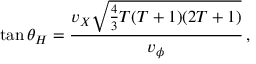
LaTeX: \tan \theta _ { H } = \frac { v _ { X } \sqrt { \frac { 4 } { 3 } T ( T + 1 ) ( 2 T + 1 ) } } { v _ { \phi } } \, ,